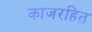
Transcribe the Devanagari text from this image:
काजरहित